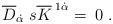
LaTeX: \begin{align*}\;\;\overline{D}_{\dot{\alpha}}\;s\overline{K}^{\;1\dot{\alpha}}=\;0\;.\end{align*}